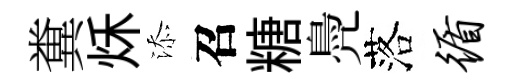
糞秌添召糖鳧落循